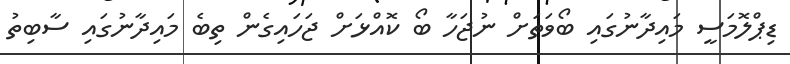
ޑިޕްލޮމަސީ މައިދާނުގައި ބޯވަތަށް ނުޖަހާ ބޯ ކޮއްޅަށް ޖަހައިގެން ތިބެ މައިދާނުގައި ސާބިތު